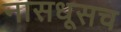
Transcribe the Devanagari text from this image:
नासधूसच